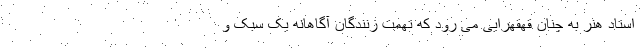
استاد هنر به چنان قهقهرایی می رود که تهمت زنندگان آگاهانه یک سبک و